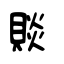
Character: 賧